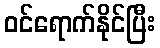
ဝင်ရောက်နိုင်ပြီး